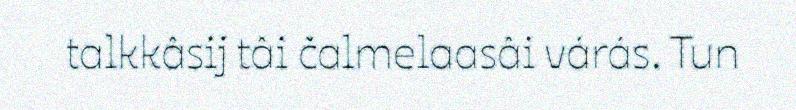
talkkâsij tâi čalmelaasâi várás. Tun